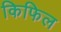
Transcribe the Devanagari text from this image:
किफिल